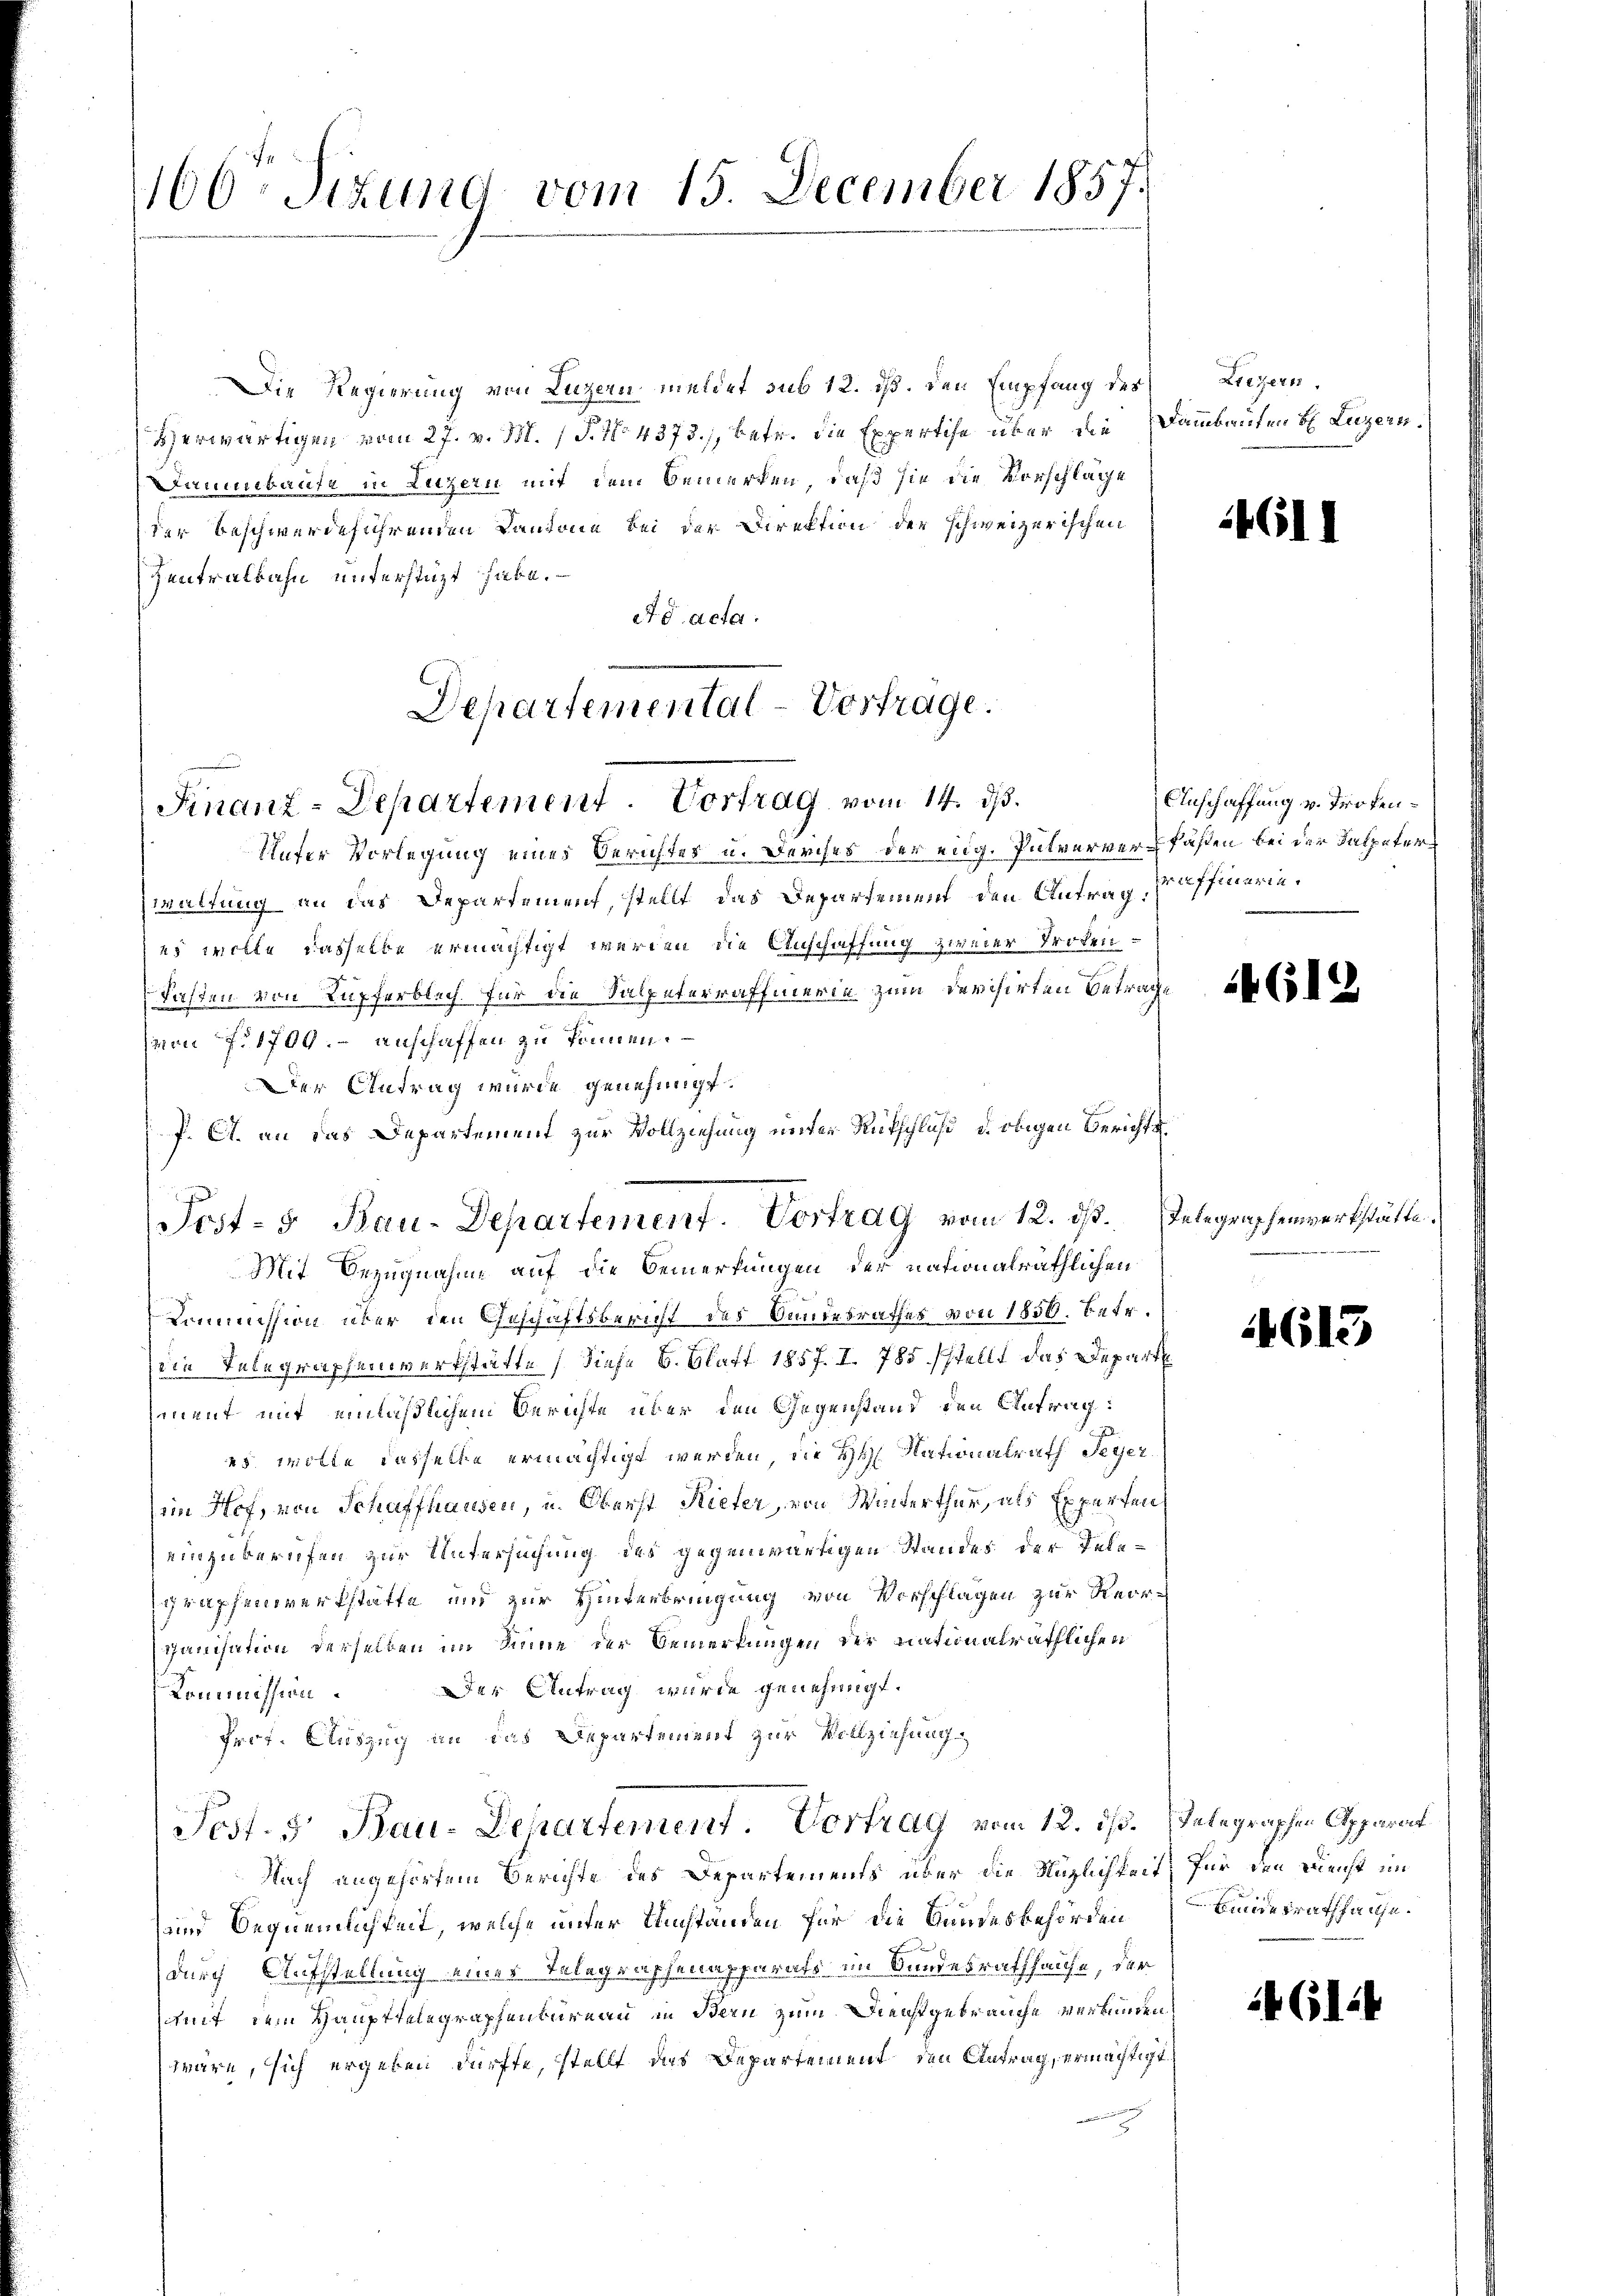
1160 Sizung vom 15. December 1857.

Die Regierung von Luzern meldet sub 12. iß. Den Empfang des
Herwärtigen vom 27. v. M. (T. No. 4373), betr. die Expertise über die Dammbauten bl. Luzern.
Dammbaute in Luzern mit dem Bemerken, daß sie die Vorschläge
der beschwerdeführenden Cantone bei der Direktion der schweizerischen
Zentralbahn unterstüzt habe.
ets acta.
Unter Vorlegung eines Berichtes u. Durches der eidg. Pulververfaßen bei der Salpeter
Zwaltung an das Departemen, stellt das Departement den Antrag:
es wolle dasselbe ermächtigt werden, die Anschaffung zweier Troten¬
Fasten von Kupferblich. Für die Salpeterraffierin zum Devisirten Betrage
von No 1700.- anschaffen zu können.
Der Antrag wurde genehmigt.
J. A. an das Departement zur Vollziehung unter Rükschluß d. obigen Berichts¬
Mit Bezugnahme auf die Bemerkungen der nationalräthlichen
Kommission über den Geschäftsbericht des Bundesrathes von 1850. betr.
die Telegraphenwerkstätte, diese B. Blatt 1857. I. 785 stellt das Depart
ment mit einläßlichem Berichte über den Gegenstand den Antrag:
es wolte dasselbe ermächtigt werden, die HH. Nationalrath Seyer
im Hof, von Schaffhausen, u. Oberst Rieter, von Winterthur, als Experten,
einzuberufen zur Untersuchung des gegenwärtigen Standes der Telegraphenwerkstatte und zur Hinterbringung von Vorschlagen zur Reorganisation derselben im Sinne der Bemerkungen der nationalräthlichen
er Antrag wurde genehmigt.
Kommission
Prof. Auszug an das Departement zur Vollziehung
Post. 5. Bau-Departement. Vortrag vom 12. ds. Telegraphen Apparat
Nach angehörtem Berichte des Departements über die Möglichkeit für den Dienst im
und Bequemlichkeit, welche unter Umständen für die Gundesbehörden
durch Aufstellung eines Telegraphenapparats im Bandesrathhause, der
mmit dem Haupttelegraphenbureau in Bern zum Dienstgebrauche verbunden,
wäre, sich ergeben dürfte, stellt das Departement den Antrag, ermächtigt

Departemental-Vortrage.
Finanz-Departement. Vortrag vom 14. ds.

Post- u Bau-Departement. Vortrag vom 12. ds. Telegraphenwerkstätte

Liezern,

4611

Anschaffung v. Trokenraffinarin

14612

1613

Bindesrath habe.

146124